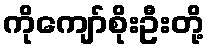
ကိုကျော်စိုးဦးတို့